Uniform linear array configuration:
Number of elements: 8
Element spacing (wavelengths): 0.75
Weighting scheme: binomial
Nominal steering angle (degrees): -15
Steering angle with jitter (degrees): -13.133
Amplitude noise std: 0.05
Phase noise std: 0.05

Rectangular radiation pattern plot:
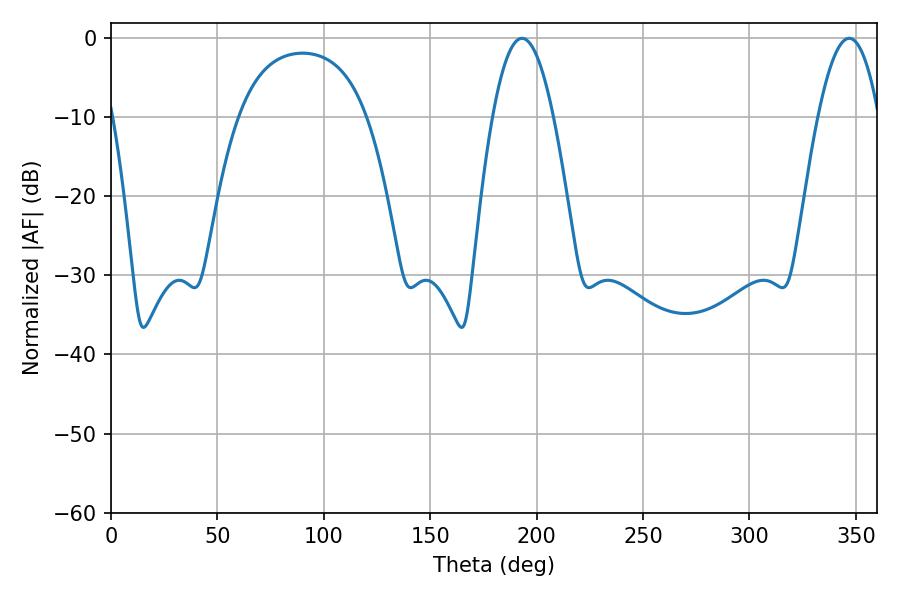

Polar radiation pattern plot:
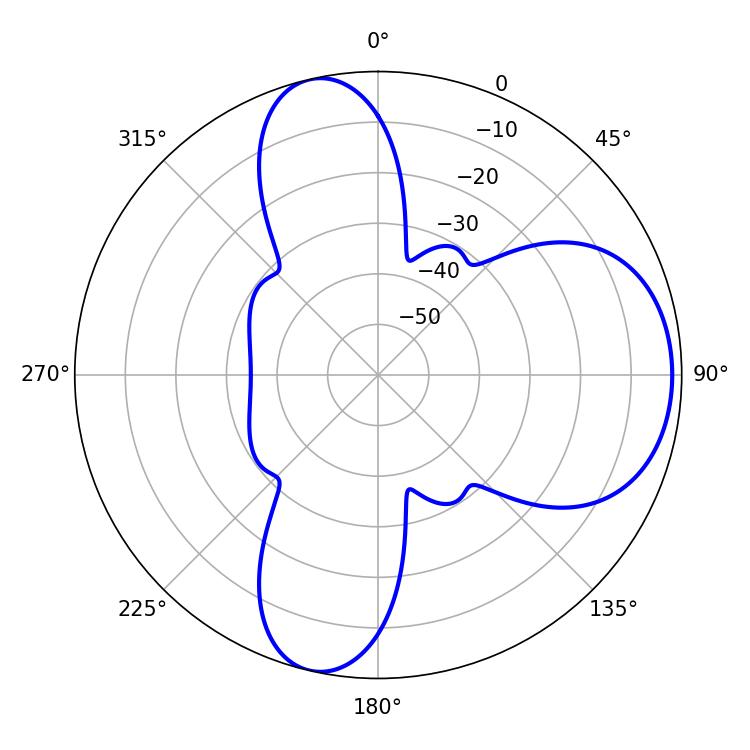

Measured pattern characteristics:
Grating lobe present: TRUE
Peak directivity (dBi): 7.99
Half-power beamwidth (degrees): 15.66
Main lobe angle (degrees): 193.14